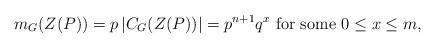
LaTeX: \begin{align*}m_G(Z(P))=p\,|C_G(Z(P))|=p^{n+1}q^x \mbox{ for some } 0\leq x\leq m,\end{align*}